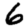
Digit: 6